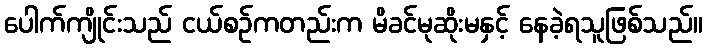
ပေါက်ကျိုင်းသည် ငယ်စဉ်ကတည်းက မိခင်မုဆိုးမနှင့် နေခဲ့ရသူဖြစ်သည်။